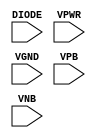
module sky130_fd_sc_hd__diode (
    DIODE,
    VPWR ,
    VGND ,
    VPB  ,
    VNB
);

    input DIODE;
    input VPWR ;
    input VGND ;
    input VPB  ;
    input VNB  ;
endmodule